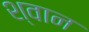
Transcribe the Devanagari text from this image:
श्‍वान